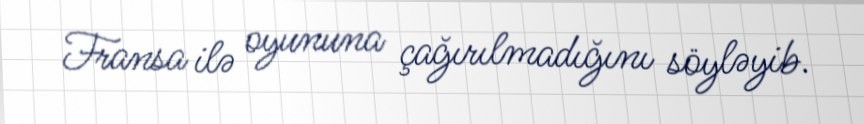
Fransa ilə oyununa çağırılmadığını söyləyib.